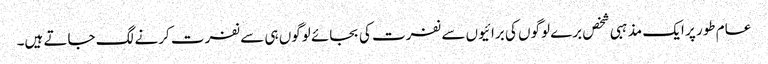
عام طور پر ایک مذہبی شخص برے لوگوں کی برائیوں سے نفرت کی بجائے لوگوں ہی سے نفرت کرنے لگ جاتے ہیں۔